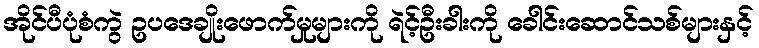
အိုင်ပီပုံစံကွဲ ဥပဒေချိုးဖောက်မှုများကို ရဲင့်ဦးခါးကို ခေါင်းဆောင်သစ်များနှင့်